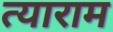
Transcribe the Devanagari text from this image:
त्याराम